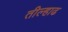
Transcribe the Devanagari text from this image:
तील्हाढ